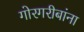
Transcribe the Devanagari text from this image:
गोरगरीबांना